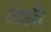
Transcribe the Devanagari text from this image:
लेझी